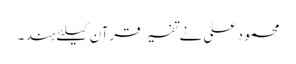
محمود علی نے تفسیر قرآن کیلئے ہند ۔